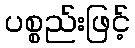
ပစ္စည်းဖြင့်